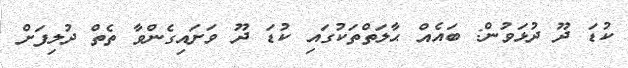
ކުޑަ ދޫ ދުޅަވުން: ބައެއް ޙާލަތްތަކުގައި ކުޑަ ދޫ ވަށައިގެންވާ ތެތް ދުލިފަށް